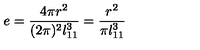
e = \frac { 4 \pi r ^ { 2 } } { ( 2 \pi ) ^ { 2 } l _ { 1 1 } ^ { 3 } } = \frac { r ^ { 2 } } { \pi l _ { 1 1 } ^ { 3 } }